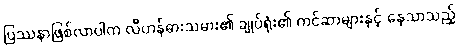
ပြဿနာဖြစ်လာပါက လီဟန်ဓားသမား၏ ချုပ်ရုံး၏ ကင်ဆာများနှင့် နေသာသည့်